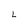
Character: L